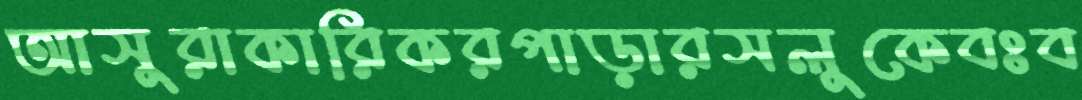
আসুরাকারিকরপাড়ারসলুকেবঃব